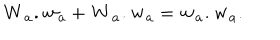
{ \bf W _ { a } . w _ { a } } + { \bf W _ { a } . w _ { a } } = { \bf w _ { a } . w _ { a } } .